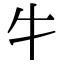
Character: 牜